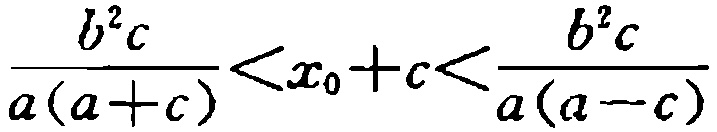
\(\frac{b^{2}c}{a(a + c)}<x_{0}+c<\frac{b^{2}c}{a(a - c)}\)